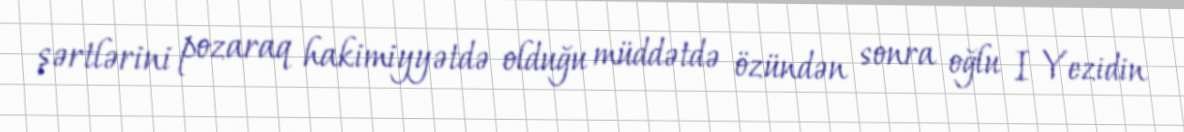
şərtlərini pozaraq hakimiyyətdə olduğu müddətdə özündən sonra oğlu I Yezidin